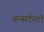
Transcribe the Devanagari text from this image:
अन्सर्टनटी